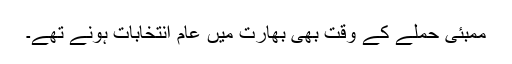
ممبئی حملے کے وقت بھی بھارت میں عام انتخابات ہونے تھے۔